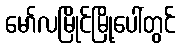
မော်လမြိုင်မြို့ပေါ်တွင်